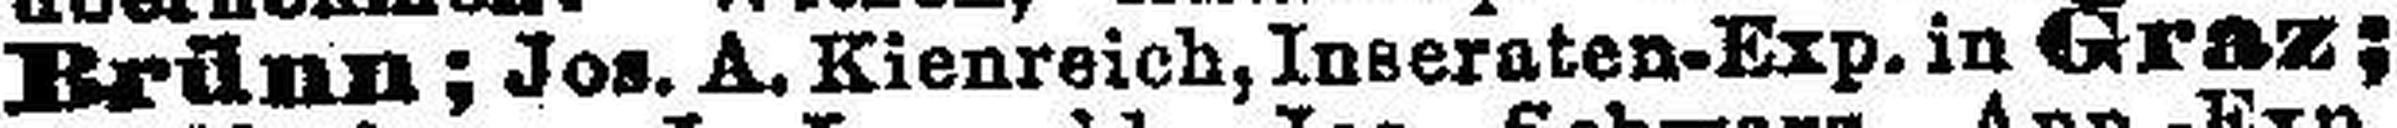
Brünn; Jos. A. Kienreich, Inseraten-Exp. in Graz;